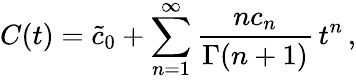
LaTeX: C(t)={\tilde{c}_{0}}+\sum_{n=1}^{\infty}\frac{nc_{n}}{\Gamma(n+1)}\, t^{n}\, ,